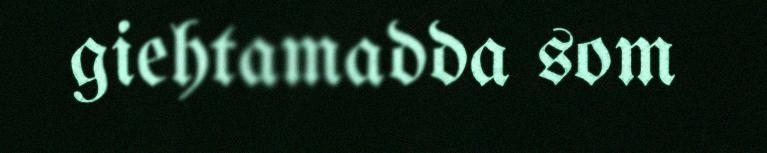
giehtamadda som